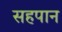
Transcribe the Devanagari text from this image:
सहपान